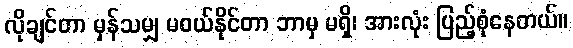
လိုချင်တာ မှန်သမျှ မဝယ်နိုင်တာ ဘာမှ မရှိ၊ အားလုံး ပြည့်စုံနေတယ်။